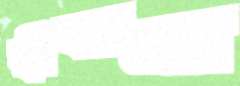
স্বীকারে